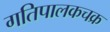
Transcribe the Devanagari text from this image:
गतिपालकचक्र